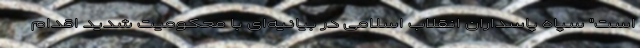
است" سپاه پاسداران انقلاب اسلامی در بیانیه‌ای با محکومیت شدید اقدام